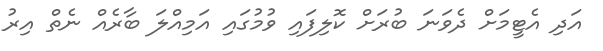
އަދި އެޓީމަށް ދެވަނަ ބުރަށް ކޮލިފައި ވުމުގައި އަމިއްލަ ބާރެއް ނެތް އިރު